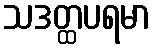
သဒတ္ထပရမာ